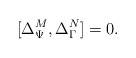
\begin{align*} [\Delta^M_\Psi , \Delta^N_\Gamma]=0.\end{align*}